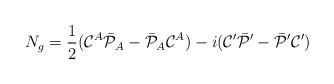
LaTeX: \begin{align*}N_g = {1\over2}({\cal C}^A\bar{\cal P}_A - \bar{\cal P}_A{\cal C}^A) -i({\cal C}'\bar{\cal P}' - \bar{\cal P}'{\cal C}')\end{align*}